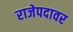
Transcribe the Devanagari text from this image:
राजेपदावर